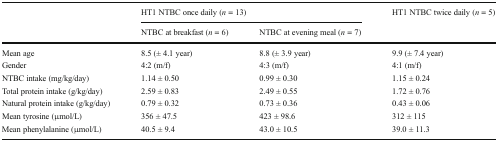
<table><thead><tr><td rowspan="2"></td><td colspan="2"><b>HT1 NTBC once daily (<i>n</i> = 13)</b></td><td rowspan="2"><b>HT1 NTBC twice daily (<i>n</i> = 5)</b></td></tr><tr><td><b>NTBC at breakfast (<i>n</i> = 6)</b></td><td><b>NTBC at evening meal (<i>n</i> = 7)</b></td></tr></thead><tbody><tr><td>Mean age</td><td>8.5 (± 4.1 year)</td><td>8.8 (± 3.9 year)</td><td>9.9 (± 7.4 year)</td></tr><tr><td>Gender</td><td>4:2 (m/f)</td><td>4:3 (m/f)</td><td>4:1 (m/f)</td></tr><tr><td>NTBC intake (mg/kg/day)</td><td>1.14 ± 0.50</td><td>0.99 ± 0.30</td><td>1.15 ± 0.24</td></tr><tr><td>Total protein intake (g/kg/day)</td><td>2.59 ± 0.83</td><td>2.49 ± 0.55</td><td>1.72 ± 0.76</td></tr><tr><td>Natural protein intake (g/kg/day)</td><td>0.79 ± 0.32</td><td>0.73 ± 0.36</td><td>0.43 ± 0.06</td></tr><tr><td>Mean tyrosine (μmol/L)</td><td>356 ± 47.5</td><td>423 ± 98.6</td><td>312 ± 115</td></tr><tr><td>Mean phenylalanine (μmol/L)</td><td>40.5 ± 9.4</td><td>43.0 ± 10.5</td><td>39.0 ± 11.3</td></tr></tbody></table>